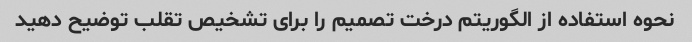
نحوه استفاده از الگوریتم درخت تصمیم را برای تشخیص تقلب توضیح دهید